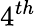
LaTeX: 4^{th}